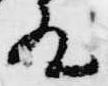
殿